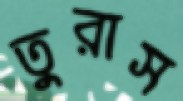
তুরাস